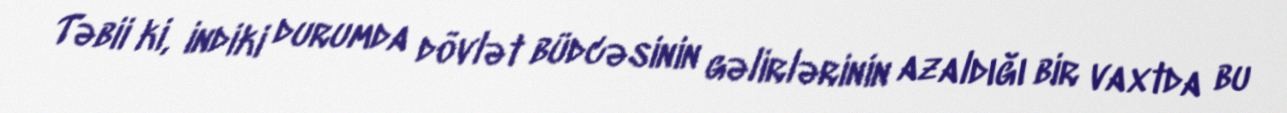
Təbii ki, indiki durumda dövlət büdcəsinin gəlirlərinin azaldığı bir vaxtda bu